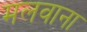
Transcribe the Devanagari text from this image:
मलवाना